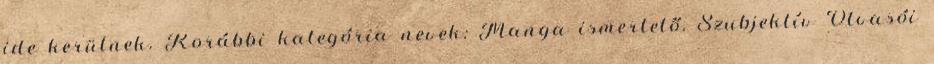
ide kerülnek. Korábbi kategória nevek: Manga ismertető, Szubjektív Olvasói